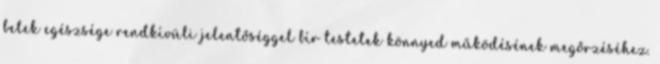
belek egészsége rendkívüli jelentőséggel bír testetek könnyed működésének megőrzéséhez.